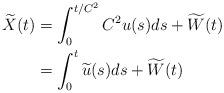
LaTeX: \begin{align*} \widetilde X(t) &= \int_0^{t/C^2} C^2u(s) ds + \widetilde W(t) \\ &= \int_0^t\widetilde u(s) ds + \widetilde W(t) \end{align*}